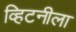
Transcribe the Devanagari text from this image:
व्हिटनीला